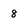
Character: 8